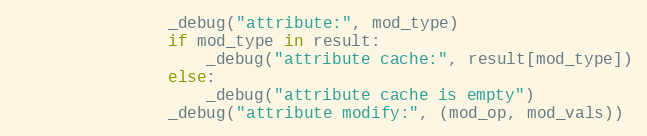
Language: Python
                _debug("attribute:", mod_type)
                if mod_type in result:
                    _debug("attribute cache:", result[mod_type])
                else:
                    _debug("attribute cache is empty")
                _debug("attribute modify:", (mod_op, mod_vals))